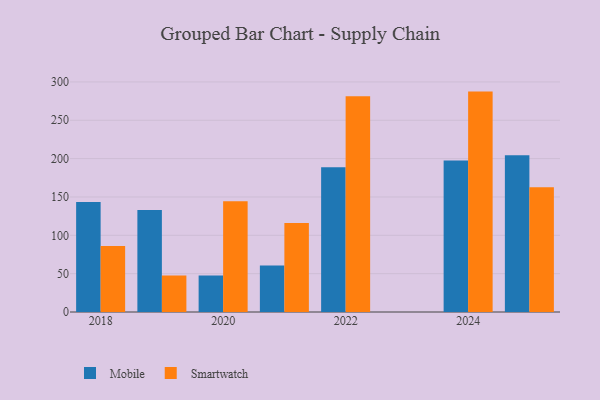
{"axis": {"x": "Year", "y": "Customer Acquisition Cost (USD)"}, "legend": ["Mobile", "Smartwatch"], "data": [{"x": "2024", "y": 197.6, "type": "Mobile"}, {"x": "2024", "y": 287.4, "type": "Smartwatch"}, {"x": "2020", "y": 47.7, "type": "Mobile"}, {"x": "2020", "y": 144.3, "type": "Smartwatch"}, {"x": "2025", "y": 204.4, "type": "Mobile"}, {"x": "2025", "y": 162.7, "type": "Smartwatch"}, {"x": "2019", "y": 132.9, "type": "Mobile"}, {"x": "2019", "y": 47.6, "type": "Smartwatch"}, {"x": "2021", "y": 60.7, "type": "Mobile"}, {"x": "2021", "y": 116.1, "type": "Smartwatch"}, {"x": "2022", "y": 188.8, "type": "Mobile"}, {"x": "2022", "y": 281.4, "type": "Smartwatch"}, {"x": "2018", "y": 143.6, "type": "Mobile"}, {"x": "2018", "y": 86.1, "type": "Smartwatch"}]}